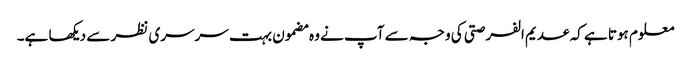
معلوم ہوتا ہے کہ عدیم الفرصتی کی وجہ سے آپ نے وہ مضمون بہت سرسری نظر سے دیکھا ہے۔